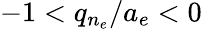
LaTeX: -1<q_{n_{e}}/a_{e}<0